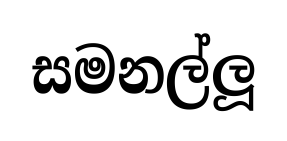
සමනල්ලූ